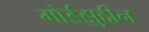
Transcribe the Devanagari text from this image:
मोईझुद्दीन